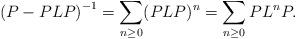
LaTeX: \begin{align*} \left( P-PLP\right)^{-1}=\sum_{n\ge 0} (PLP)^n=\sum_{n\ge 0} PL^nP. \end{align*}